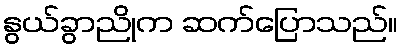
နွယ်ခွာညိုက ဆက်ပြောသည်။